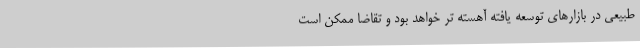
طبیعی در بازارهای توسعه یافته آهسته تر خواهد بود و تقاضا ممکن است